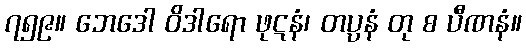
၇၅၉။ ဘေဒေါ ဝိဒါရော ဖုဋနံ၊ တပ္ပနံ တု စ ပီဏနံ။